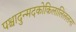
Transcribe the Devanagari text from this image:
पश्चादुन्मदकोकिलालिललना